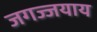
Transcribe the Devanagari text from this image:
जगज्जयाय